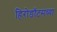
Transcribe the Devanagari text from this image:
हिरोडॉटसच्या